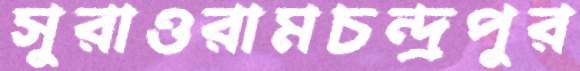
সুরাওরামচন্দ্রপুর